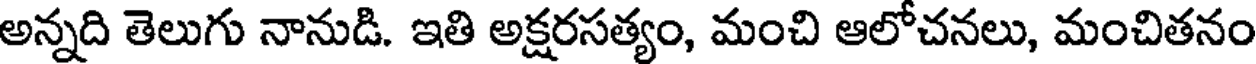
అన్నది తెలుగు నానుడి. ఇతి అక్షరసత్యం, మంచి ఆలోచనలు, మంచితనం